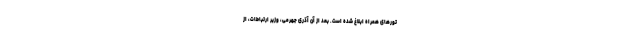
تورهای همراه ابلاغ شده است. بعد از آن آذری جهرمی، وزیر ارتباطات، از